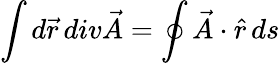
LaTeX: \int d\vec{r}\, div\vec{A}=\oint\vec{A}\cdot\hat{r}\, ds